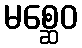
မစ္ဆေဝ